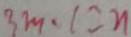
3 m \cdot 1 = n